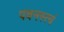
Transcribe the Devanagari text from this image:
पवनस्त्वं